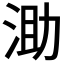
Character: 𣵪